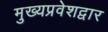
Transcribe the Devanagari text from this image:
मुख्यप्रवेशद्वार